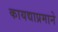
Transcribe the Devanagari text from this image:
कायद्याप्रमाने